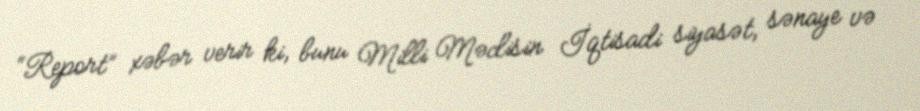
“Report” xəbər verir ki, bunu Milli Məclisin İqtisadi siyasət, sənaye və